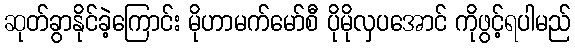
ဆုတ်ခွာနိုင်ခဲ့ကြောင်း မိုဟာမက်မော်စီ ပိုမိုလှပအောင် ကိုဖွင့်ရပါမည်